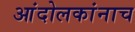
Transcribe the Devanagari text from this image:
आंदोलकांनाच